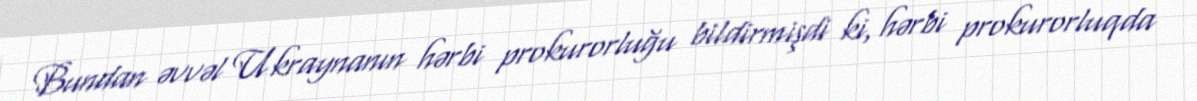
Bundan əvvəl Ukraynanın hərbi prokurorluğu bildirmişdi ki, hərbi prokurorluqda